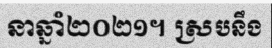
នាឆ្នាំ២០២១។ ស្របនឹង